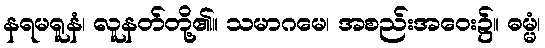
နရမရူနံ၊ လူနတ်တို့၏။ သမာဂမေ၊ အစည်းအဝေး၌။ ဓမ္မံ၊